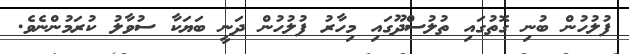
ފުލުހުން ބުނި ގޮތުގައި ތުލުސްދޫގައި މިހާރު ފުލުހުން ދަނީ ބަޔަކާ ސުވާލު ކުރަމުންނެވެ.